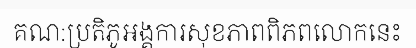
គណ:ប្រតិភូអង្គការសុខភាពពិភពលោកនេះ